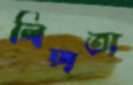
লিঙ্গতা